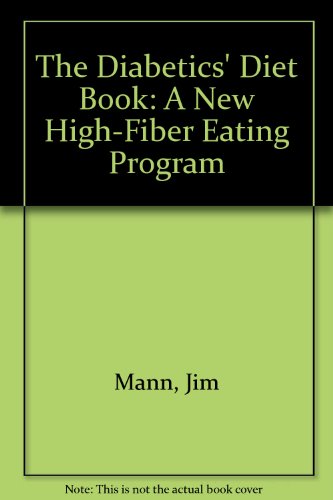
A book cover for The Diabetics' Diet Book: A New High-Fiber Eating Program; Jim Mann; Health, Fitness & Dieting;